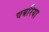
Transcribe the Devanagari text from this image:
चबरिया